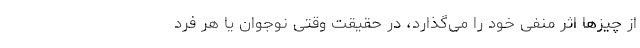
از چیزها اثر منفی خود را می‌گذارد، در حقیقت وقتی نوجوان یا هر فرد